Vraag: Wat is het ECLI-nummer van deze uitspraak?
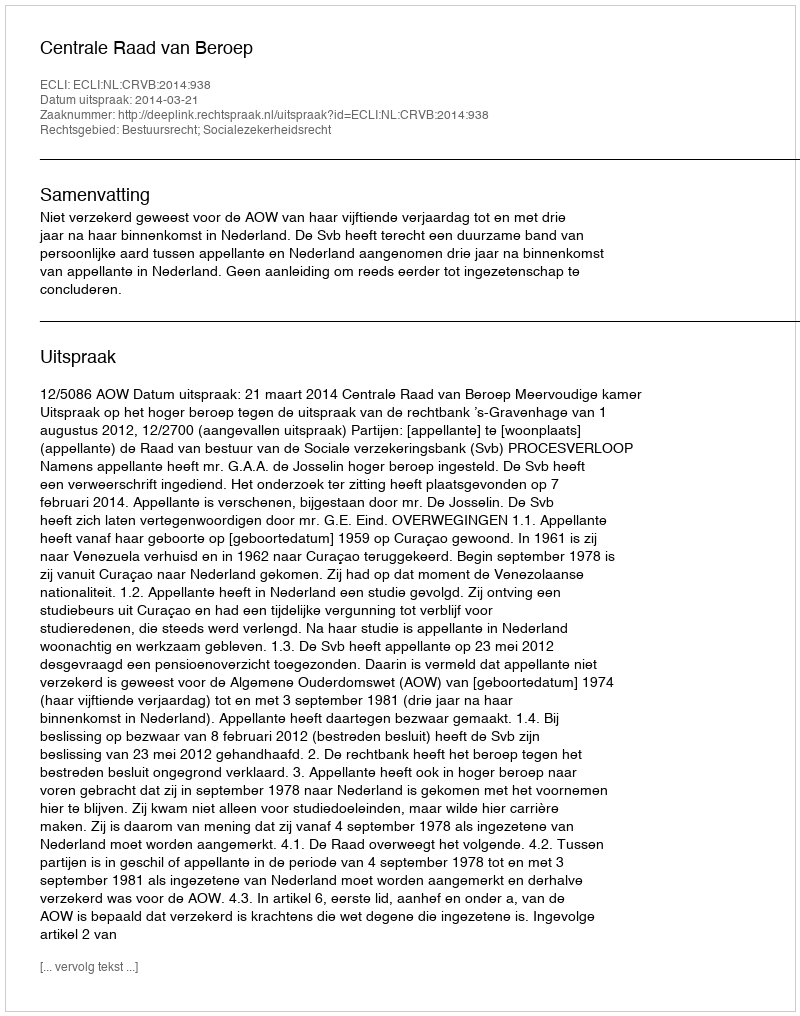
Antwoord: ECLI:NL:CRVB:2014:938